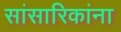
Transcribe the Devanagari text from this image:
सांसारिकांना